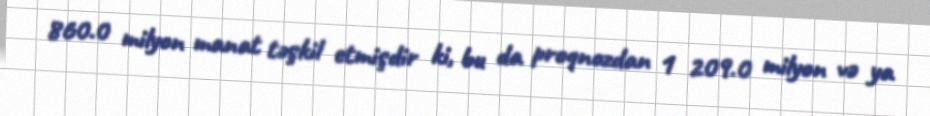
860.0 milyon manat təşkil etmişdir ki, bu da proqnozdan 1 209.0 milyon və ya